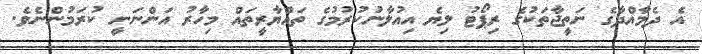
އެ ދެމާއްދާގެ ނަތީޖާތަކުގެ ރިޕޯޓު ލިޔެ އިއުލާނުކުރުމުގެ ތައްޔާރީތައް މިހާރު އަންނަނީ ކުރަމުންނެވެ.